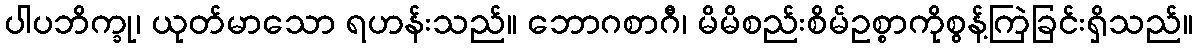
ပါပဘိက္ခု၊ ယုတ်မာသော ရဟန်းသည်။ ဘောဂစာဂီ၊ မိမိစည်းစိမ်ဥစ္စာကိုစွန့်ကြဲခြင်းရှိသည်။